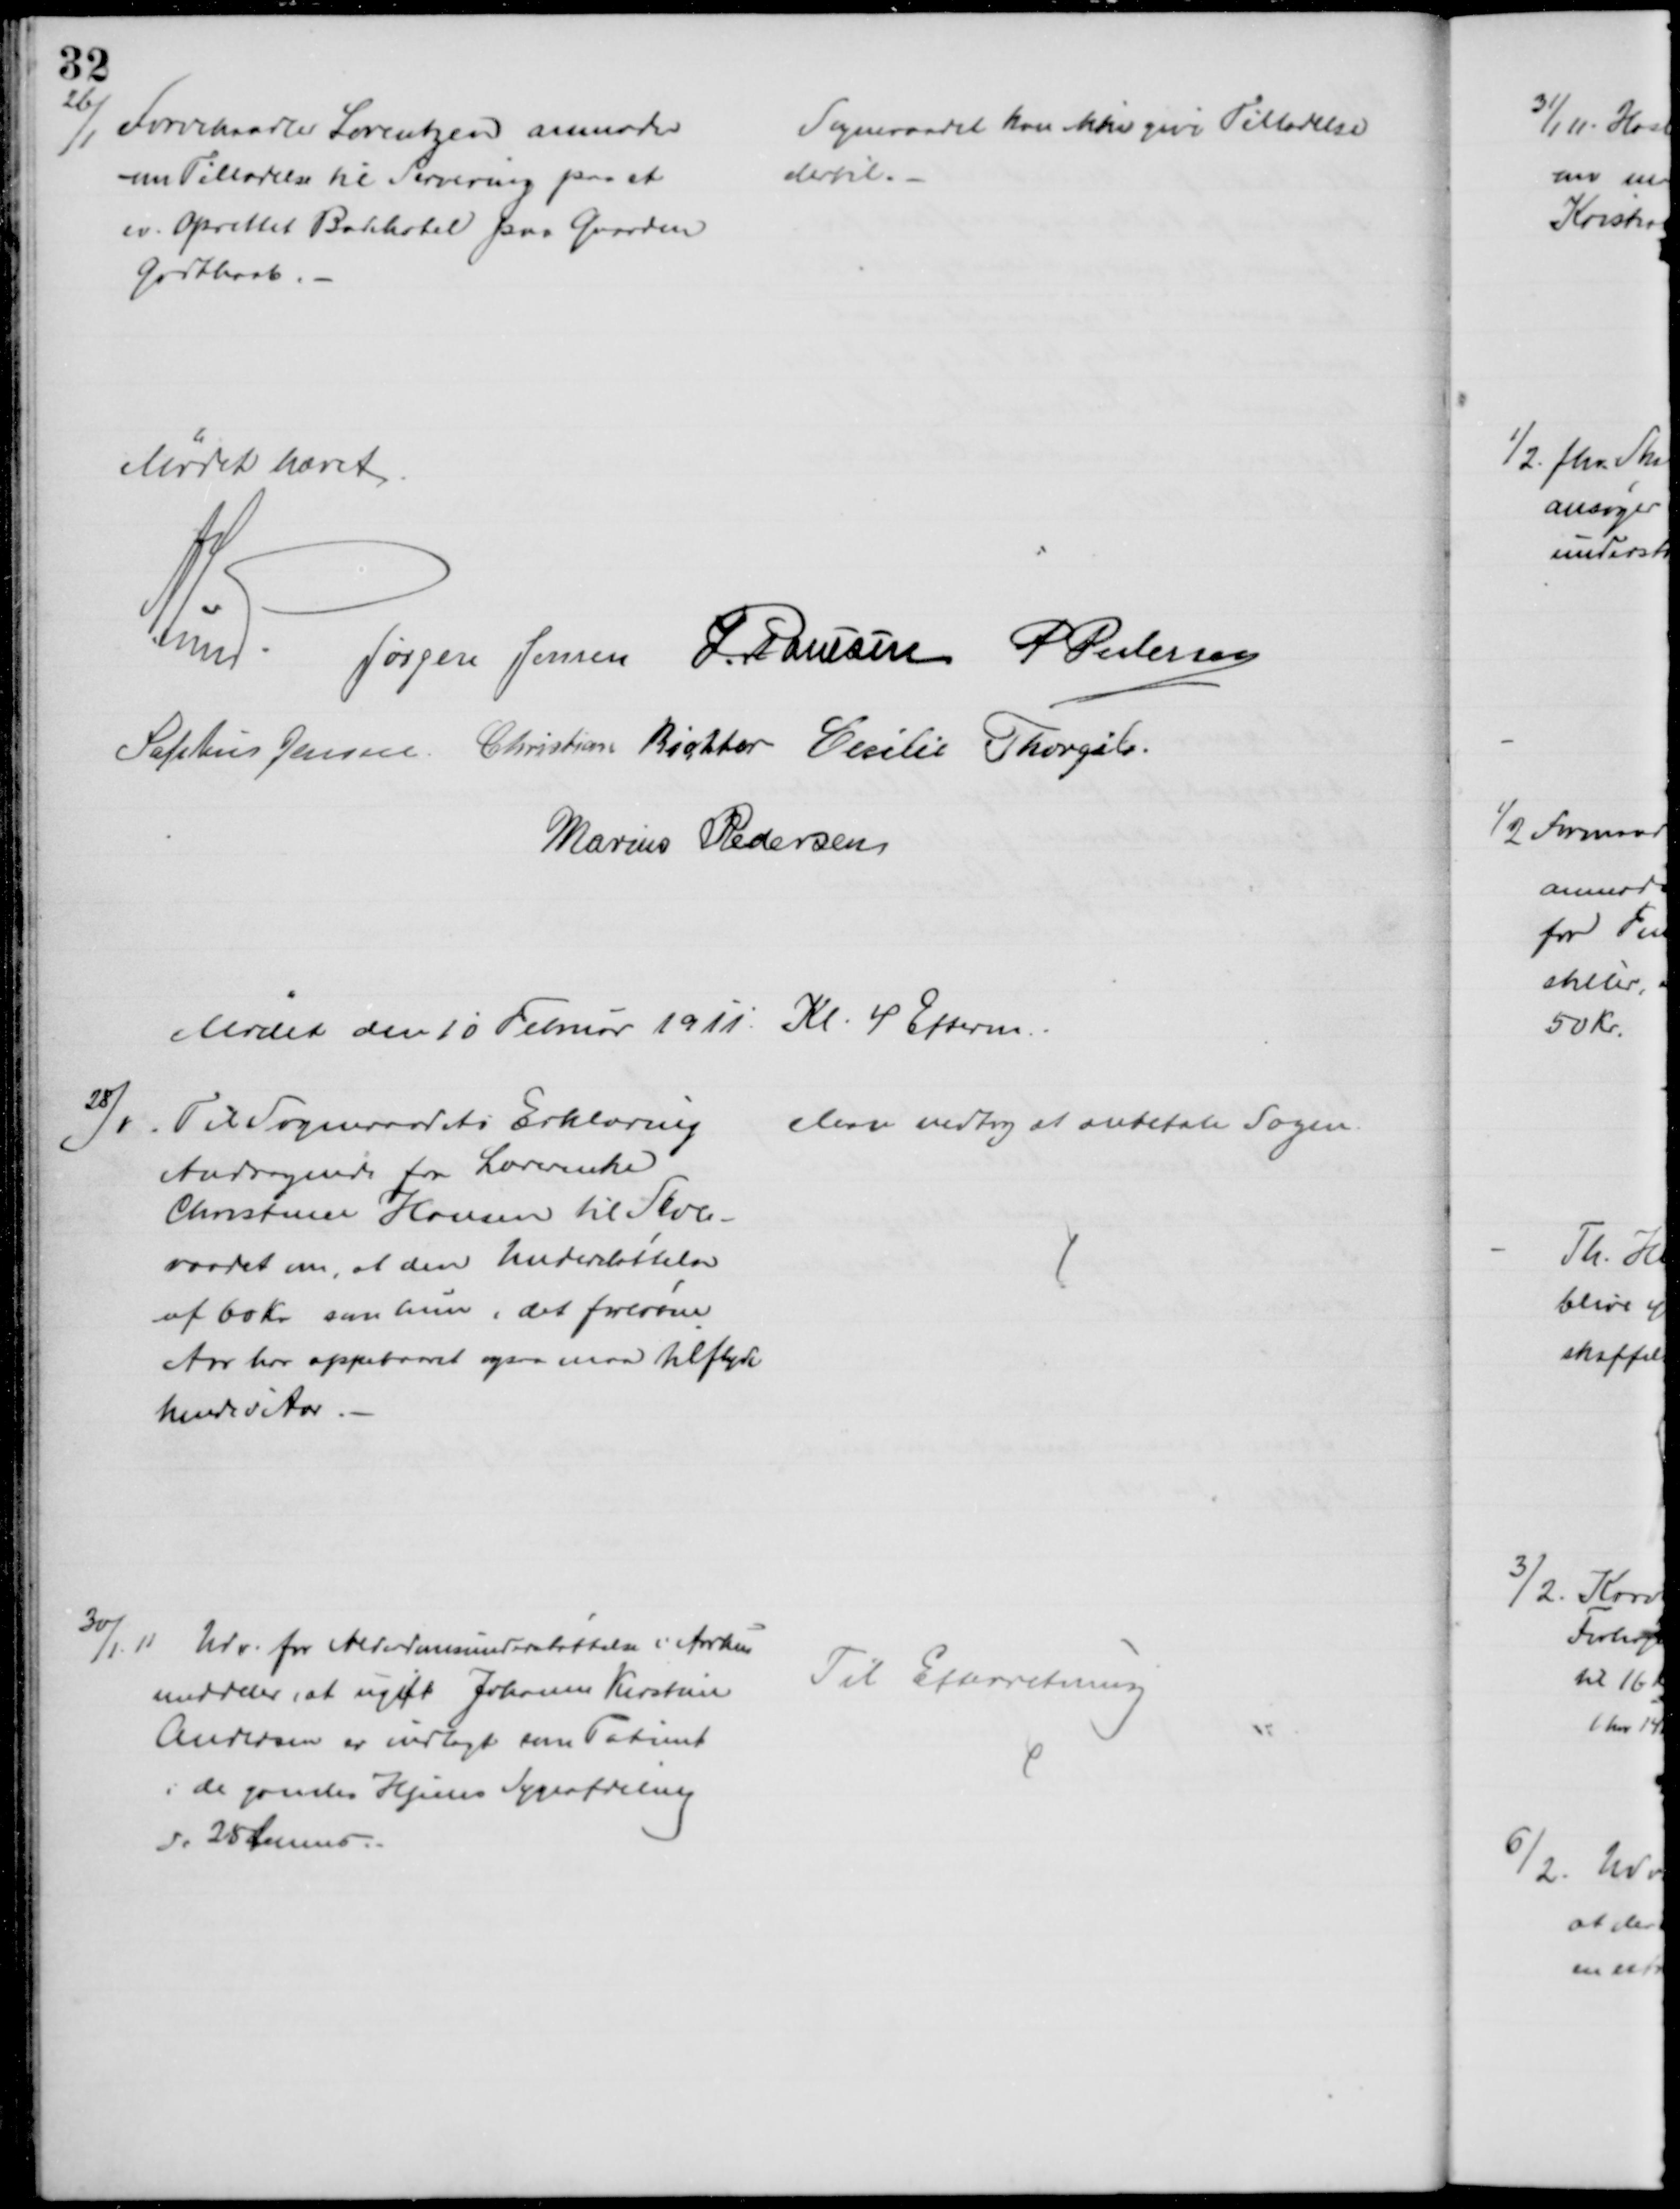
Transskription:
26/1
Torvehandler Lorentzen anmoder
om Tilladelse til Servering paa et
ev. Oprettet Badehotel paa Gaarden
Godthaab. 
Sogneraadet kan kan give Tilladelse
dertil.
Mødet hævet
A. Lund
Jørgen Jensen J. Poulsen P Pedersen
Sophus Jensen Christian Richter Cecilie Thorgils.
Marius Pedersen
Mødet den 10 Februar 1911 Kl. 4 Efterm.
28/1
Til Sogneraadets Erklæring
Andragende for Lærerenke
Christance Hansen til Skole-
raadet om, at den Understøttelse
af 60 Kr. som hun i det forløbne
Aar har oppebaaret ogsaa maa tilflyde
hende i Aar.
Man vedtog at anbefale Sagen.
30/1.11
Udv. for Alderdomsunderstøttelse i Aarhus
meddeler, at ugift Johanne Kirstine
Andersen er indlagt som Patient
i de gamles Hjems Sygeafdeling
d. 25 Januar.
Til Efterretning